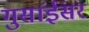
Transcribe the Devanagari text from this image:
गुसांईंसर